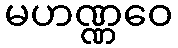
မဟဏ္ဏဝေ